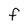
Character: f